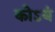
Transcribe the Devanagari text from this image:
कोऽयं